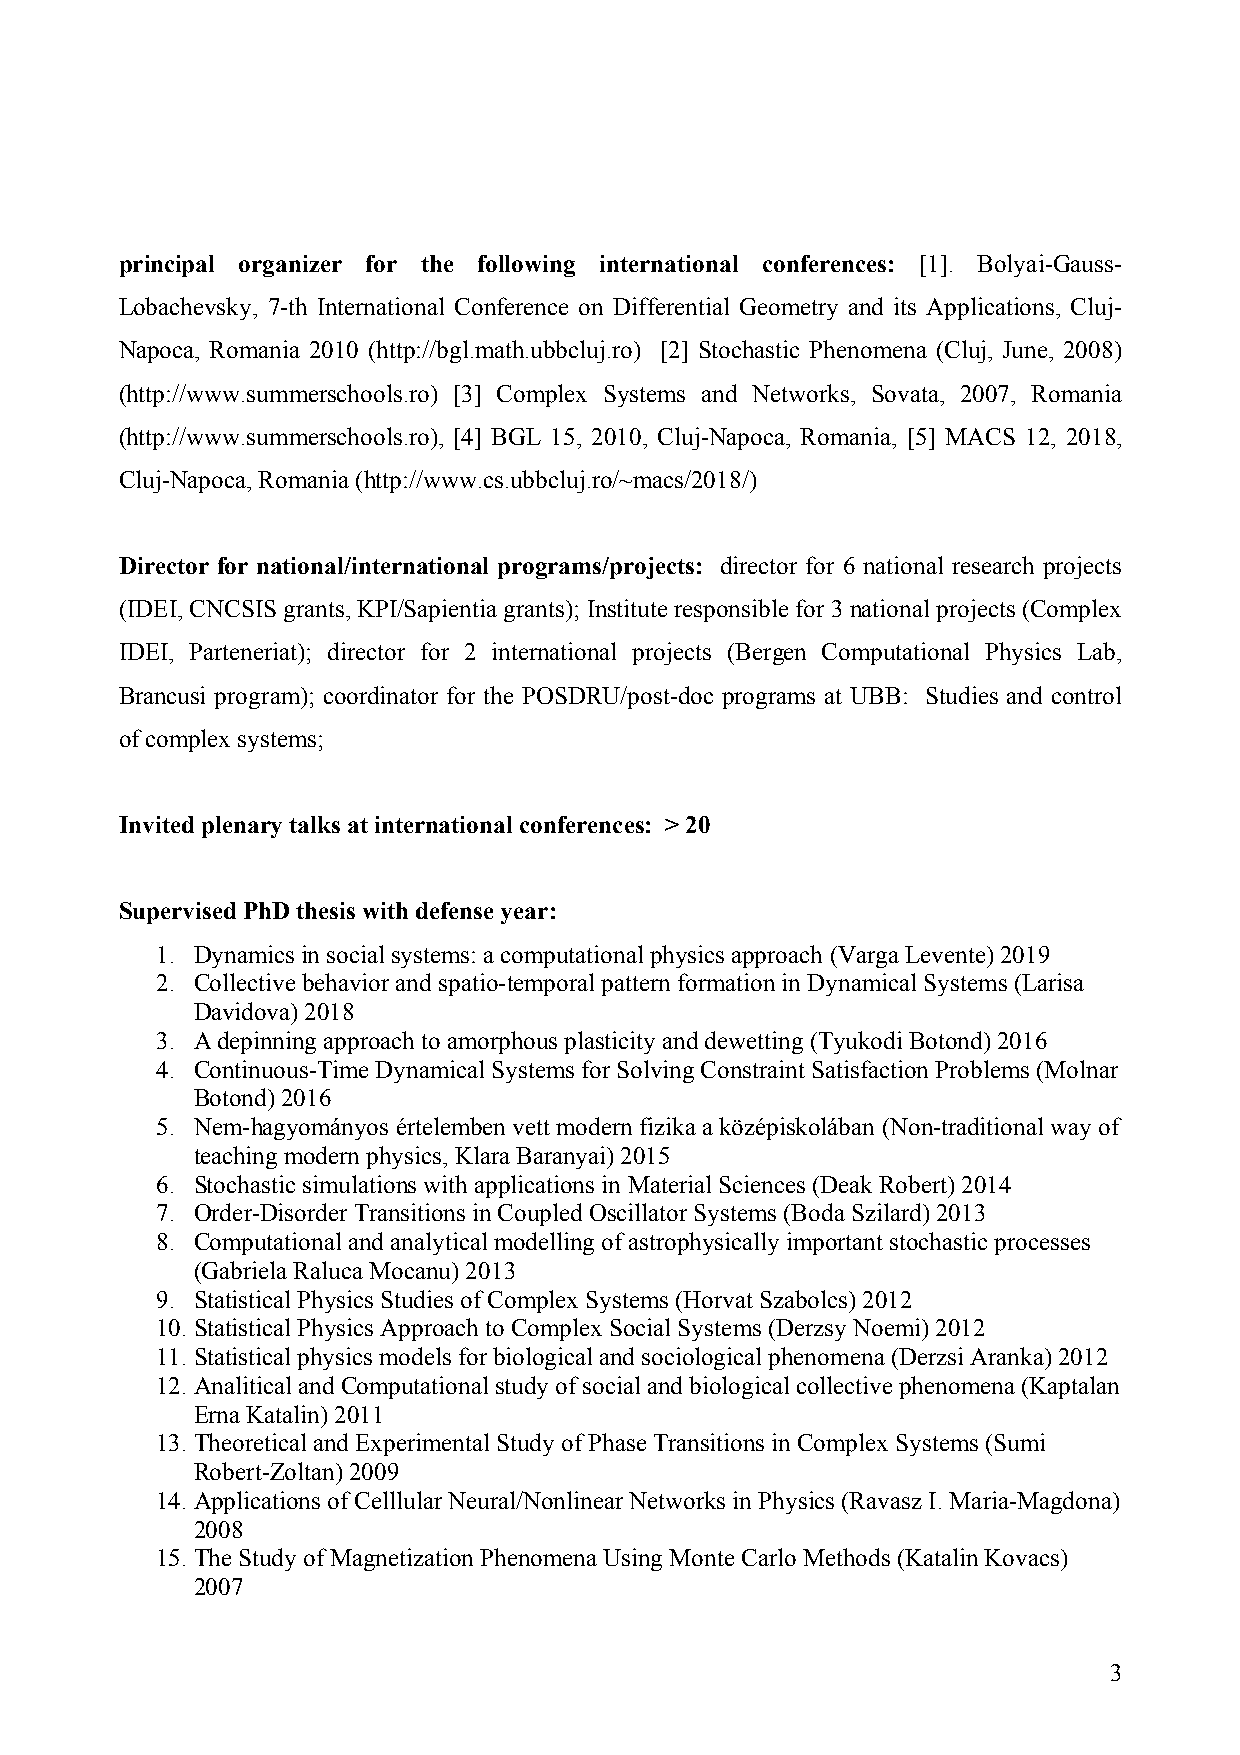
principal organizer for the following international conferences: [1]. Bolyai-Gauss-
 Lobachevsky, 7-th International Conference on Differential Geometry and its Applications, Cluj-
 Napoca, Romania 2010 (http://bgl.math.ubbcluj.ro) [2] Stochastic Phenomena (Cluj, June, 2008)
 (http://www.summerschools.ro) [3] Complex Systems and Networks, Sovata, 2007, Romania
 (http://www.summerschools.ro), [4] BGL 15, 2010, Cluj-Napoca, Romania, [5] MACS 12, 2018,
 Cluj-Napoca, Romania (http://www.cs.ubbcluj.ro/~macs/2018/)
 Director for national/international programs/projects: director for 6 national research projects
 (IDEI, CNCSIS grants, KPI/Sapientia grants); Institute responsible for 3 national projects (Complex
 IDEI, Parteneriat); director for 2 international projects (Bergen Computational Physics Lab,
 Brancusi program); coordinator for the POSDRU/post-doc programs at UBB: Studies and control
 of complex systems;
 Invited plenary talks at international conferences: > 20
 Supervised PhD thesis with defense year:
 1. Dynamics in social systems: a computational physics approach (Varga Levente) 2019
 2. Collective behavior and spatio-temporal pattern formation in Dynamical Systems (Larisa
 Davidova) 2018
 3. A depinning approach to amorphous plasticity and dewetting (Tyukodi Botond) 2016
 4. Continuous-Time Dynamical Systems for Solving Constraint Satisfaction Problems (Molnar
 Botond) 2016
 5. Nem-hagyományos értelemben vett modern fizika a középiskolában (Non-traditional way of
 teaching modern physics, Klara Baranyai) 2015
 6. Stochastic simulations with applications in Material Sciences (Deak Robert) 2014
 7. Order-Disorder Transitions in Coupled Oscillator Systems (Boda Szilard) 2013
 8. Computational and analytical modelling of astrophysically important stochastic processes
 (Gabriela Raluca Mocanu) 2013
 9. Statistical Physics Studies of Complex Systems (Horvat Szabolcs) 2012
 10. Statistical Physics Approach to Complex Social Systems (Derzsy Noemi) 2012
 11. Statistical physics models for biological and sociological phenomena (Derzsi Aranka) 2012
 12. Analitical and Computational study of social and biological collective phenomena (Kaptalan
 Erna Katalin) 2011
 13. Theoretical and Experimental Study of Phase Transitions in Complex Systems (Sumi
 Robert-Zoltan) 2009
 14. Applications of Celllular Neural/Nonlinear Networks in Physics (Ravasz I. Maria-Magdona)
 2008
 15. The Study of Magnetization Phenomena Using Monte Carlo Methods (Katalin Kovacs)
 2007
 3